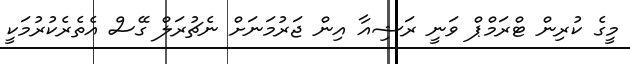
މީގެ ކުރިން ޓްރަމްޕް ވަނީ ރަޝިއާ އިން ޖަރުމަނަށް ނެޗުރަލް ގޭސް އެތެރެކުރުމަކީ